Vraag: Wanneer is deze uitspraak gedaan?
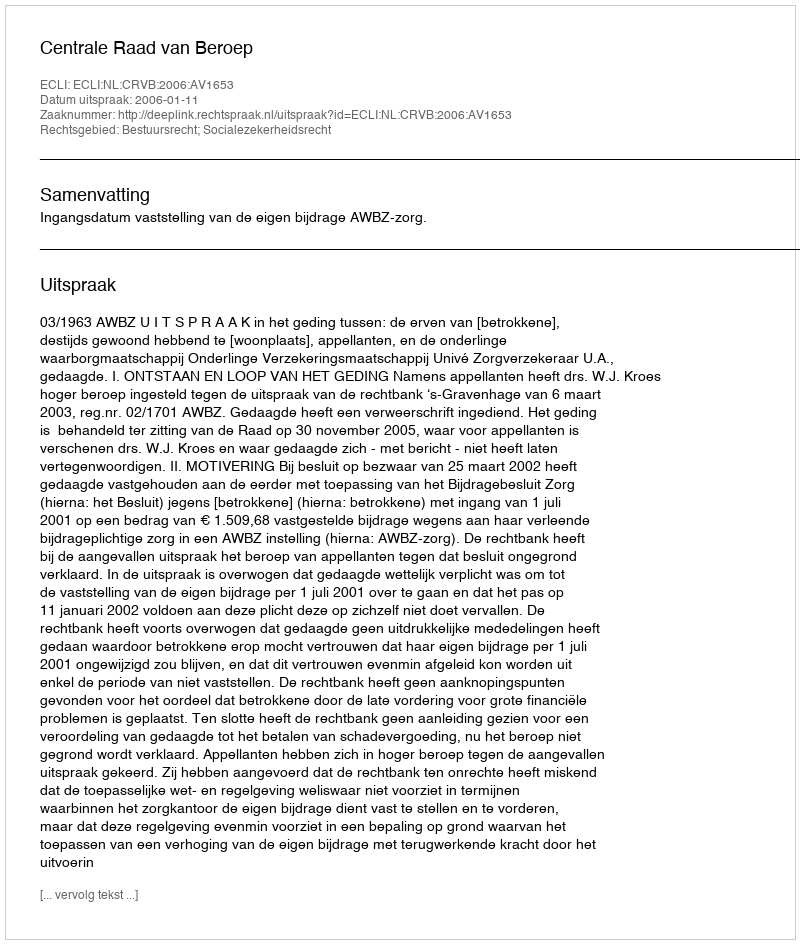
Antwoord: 2006-01-11